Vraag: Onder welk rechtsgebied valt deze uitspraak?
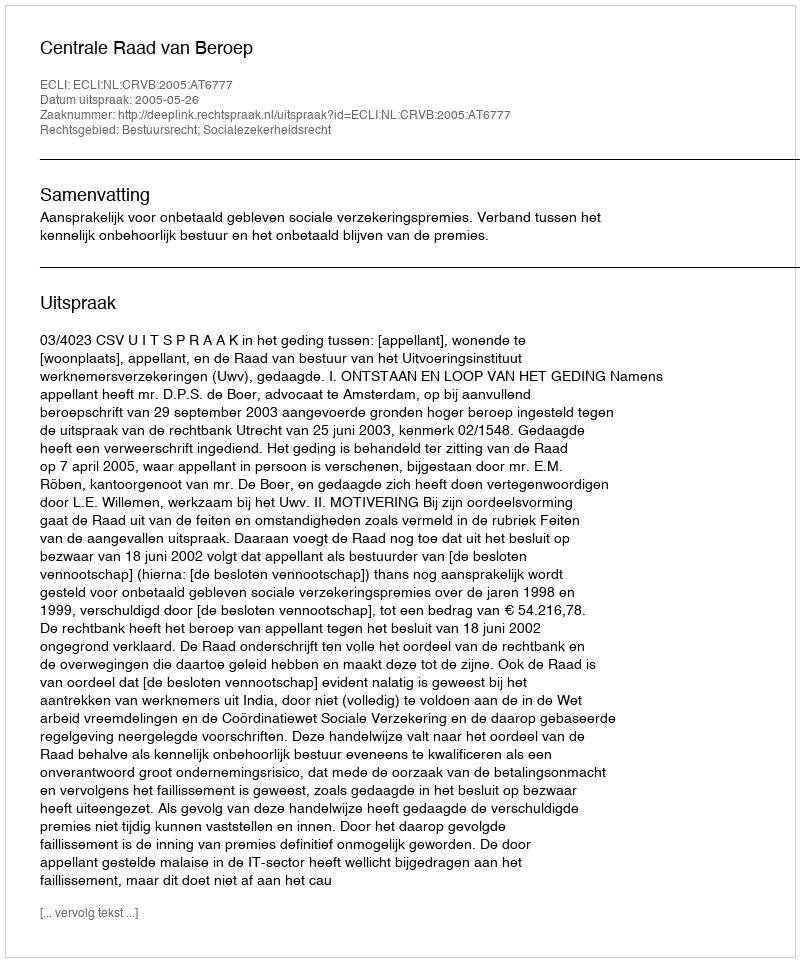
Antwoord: Bestuursrecht; Socialezekerheidsrecht